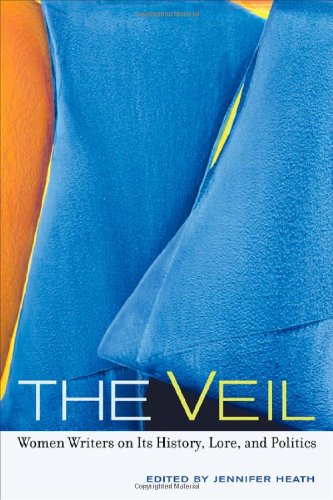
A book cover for The Veil: Women Writers on Its History, Lore, and Politics; Religion & Spirituality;